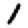
Digit: 1